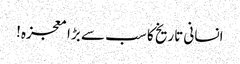
انسانی تاریخ کا سب سے بڑا معجزہ!